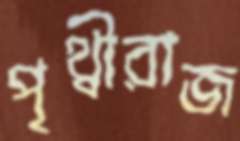
পৃথ্বীরাজ